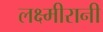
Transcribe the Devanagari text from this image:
लक्ष्मीरानी